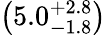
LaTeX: \left(5.0_{-1.8}^{+2.8}\right)